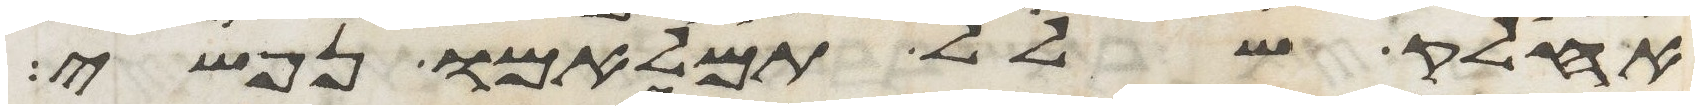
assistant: אחלק שלל תמלאמו נפשי